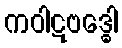
ကဝါဋဗဒ္ဓေါ